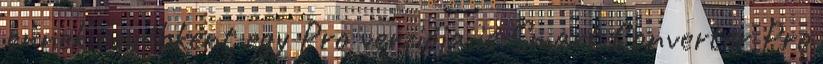
ennek egyébként egy Pro verziója is Smart Converter Pro